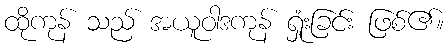
ထိုကုန် သည် အယူဝါဒကုန် ရှုံးခြင်း ဖြစ်၏။